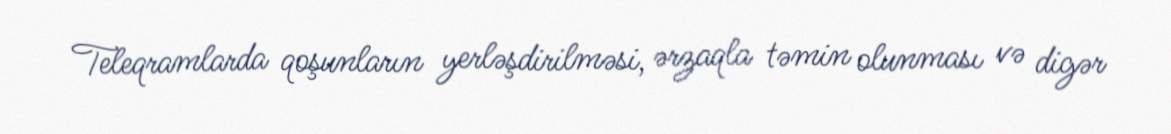
Teleqramlarda qoşunların yerləşdirilməsi, ərzaqla təmin olunması və digər